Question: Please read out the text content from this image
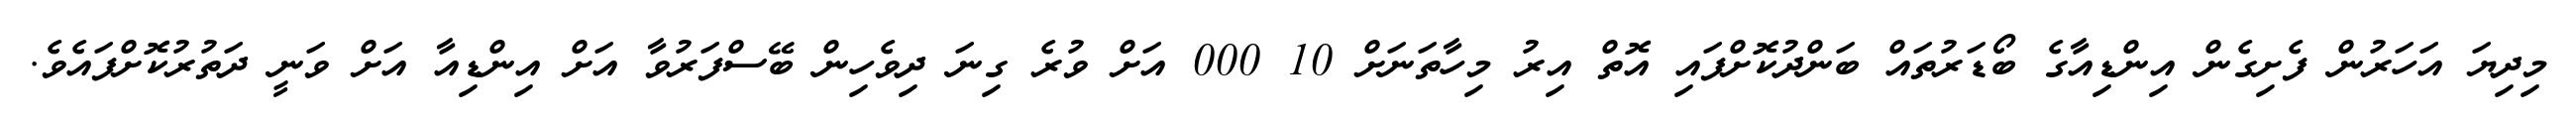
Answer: މިދިޔަ އަހަރުން ފެށިގެން އިންޑިއާގެ ބޯޑަރުތައް ބަންދުކޮށްފައި އޮތް އިރު މިހާތަނަށް 10 000 އަށް ވުރެ ގިނަ ދިވެހިން ބޭސްފަރުވާ އަށް އިންޑިއާ އަށް ވަނީ ދަތުރުކޮށްފައެވެ.